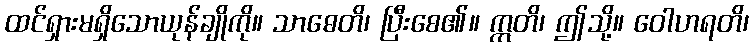
ထင်ရှားမရှိသောယုန်ချိုကို။ သာဓေတိ၊ ပြီးစေ၏။ ဣတိ၊ ဤသို့။ ဝေါဟရတိ၊